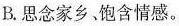
B.思念家乡，饱含情感。